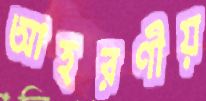
আহরণীয়